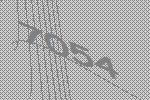
7054